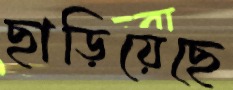
ছাড়িয়েছে